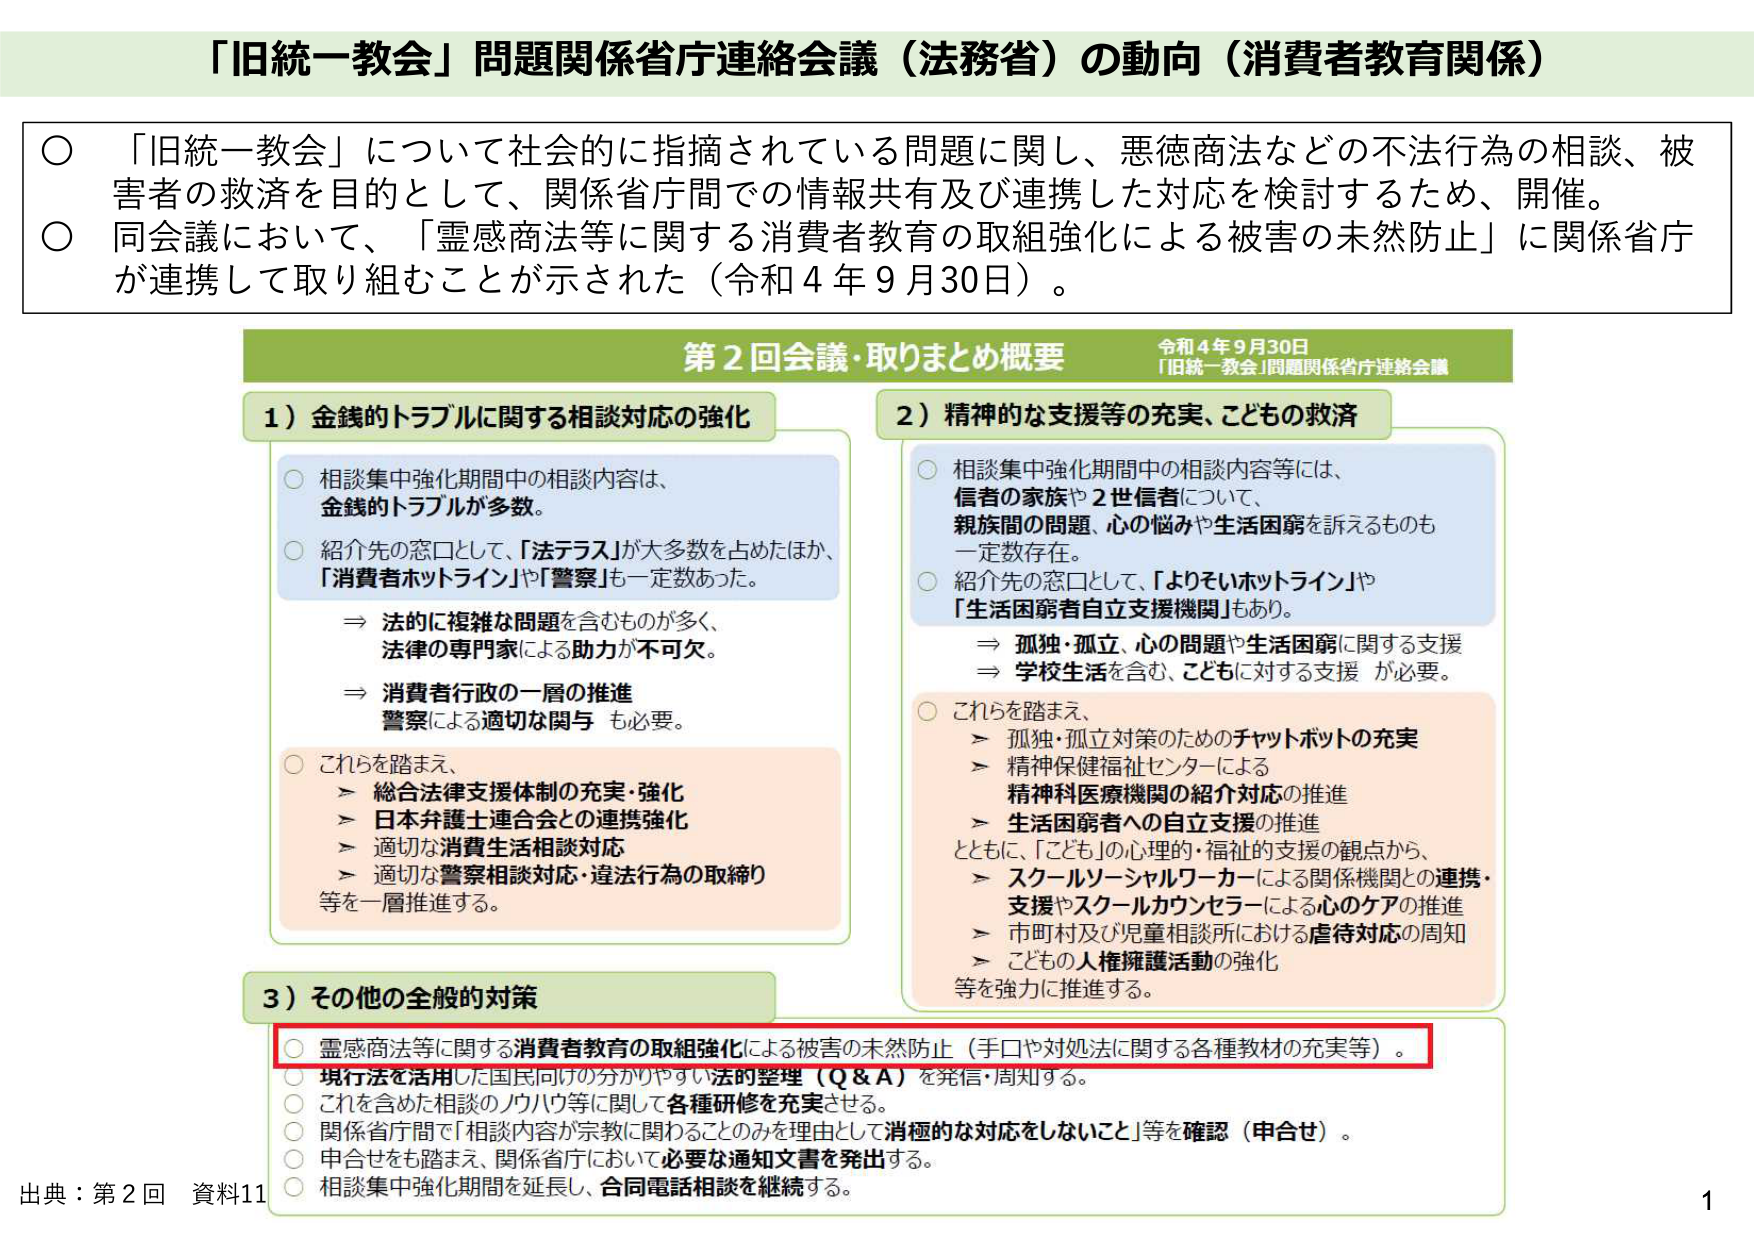
「旧統一教会」問題関係省庁連絡会議（法務省）の動向（消費者教育関係）

○ 「旧統一教会」について社会的に指摘されている問題に関し、悪徳商法などの不法行為の相談、被害者の救済を目的として、関係省庁間での情報共有及び連携した対応を検討するため、開催。
○ 同会議において、「霊感商法等に関する消費者教育の取組強化による被害の未然防止」に関係省庁が連携して取り組むことが示された（令和４年９月30日）。

第２回会議・取りまとめ概要
令和４年９月30日
「旧統一教会」問題関係省庁連絡会議

1）金銭的トラブルに関する相談対応の強化
○ 相談集中強化期間中の相談内容は、金銭的トラブルが多数。
○ 紹介先の窓口として、「法テラス」が大多数を占めたほか、「消費者ホットライン」や「警察」も一定数あった。
　⇒ 法的に複雑な問題を含むものが多く、法律の専門家による助力が不可欠。
　⇒ 消費者行政の一層の推進
　　　警察による適切な関与も必要。
○ これらを踏まえ、
　＞ 総合法律支援体制の充実・強化
　＞ 日本弁護士連合会との連携強化
　＞ 適切な消費生活相談対応
　＞ 適切な警察相談対応・違法行為の取締り
　　等を一層推進する。

2）精神的な支援等の充実、こどもの救済
○ 相談集中強化期間中の相談内容等には、信者の家族や２世信者について、親族間の問題、心の悩みや生活困窮を訴えるものも一定数存在。
○ 紹介先の窓口として、「よりそいホットライン」や「生活困窮者自立支援機関」もあり。
　⇒ 孤独・孤立、心の問題や生活困窮に関する支援
　⇒ 学校生活を含む、こどもに対する支援が必要。
○ これらを踏まえ、
　＞ 孤独・孤立対策のためのチャットボットの充実
　＞ 精神保健福祉センターによる
　　　精神科医療機関の紹介対応の推進
　＞ 生活困窮者への自立支援の推進
　　とともに、「こども」の心理的・福祉的支援の観点から、
　＞ スクールソーシャルワーカーによる関係機関との連携・支援やスクールカウンセラーによる心のケアの推進
　＞ 市町村及び児童相談所における虐待対応の周知
　＞ こどもの人権擁護活動の強化
　　等を強力に推進する。

3）その他の全般的対策
○ 霊感商法等に関する消費者教育の取組強化による被害の未然防止（手口や対処法に関する各種教材の充実等）。
○ 現行法を活用した国民向けの分かりやすい法的整理（Q＆A）を発信・周知する。
○ これを含めた相談のノウハウ等に関して各種研修を充実させる。
○ 関係省庁間で「相談内容が宗教に関わることのみを理由として消極的な対応をしないこと」等を確認（申合せ）。
○ 申合せをも踏まえ、関係省庁において必要な通知文書を発出する。
○ 相談集中強化期間を延長し、合同電話相談を継続する。

出典：第２回 資料11
1